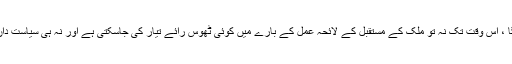
ملک کی سیاست سے جب تک یہ خوف دور نہیں ہوگا ، اس وقت تک نہ تو ملک کے مستقبل کے لائحہ عمل کے بارے میں کوئی ٹھوس رائے تیار کی جاسکتی ہے اور نہ ہی سیاست دان اپنے دل کی بات کھل کر کرنے کے قابل ہوں گے۔